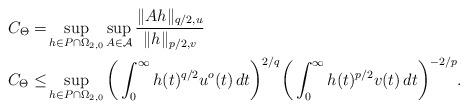
LaTeX: \begin{align*}C_\Theta=&\sup_{h\in P\cap\Omega_{2,0}}\sup_{A\in \mathcal{A}}\frac{\|Ah\|_{q/2,u}}{\|h\|_{p/2,v}}\quad\\C_\Theta\le& \sup_{h\in P\cap\Omega_{2,0}}\bigg(\int_0^\infty h(t)^{q/2}u^o(t)\,dt\bigg)^{2/q}\bigg(\int_0^\infty h(t)^{p/2}v(t)\,dt\bigg)^{-2/p}.\end{align*}